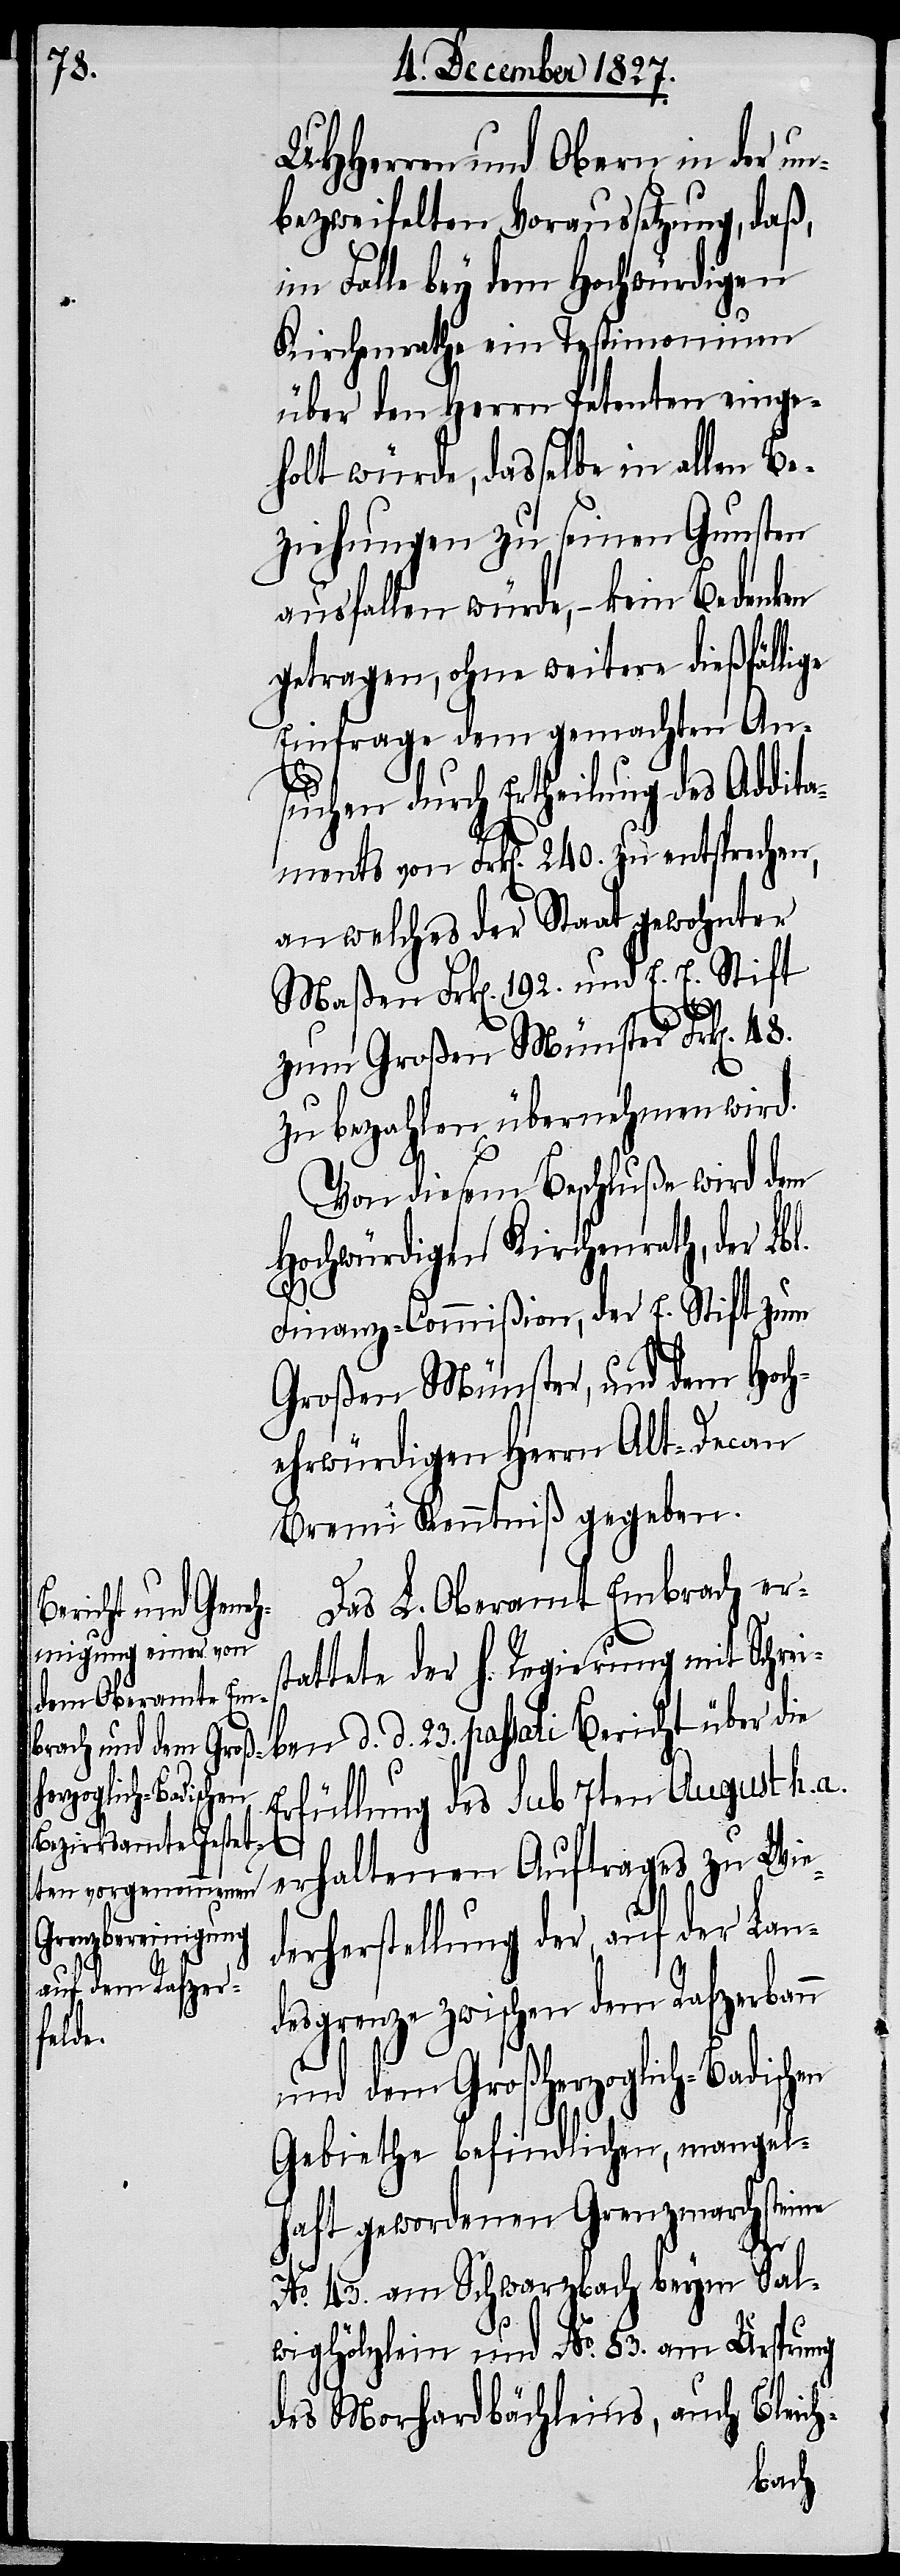
UHHerren und Obern in der un¬
bezweifelten Voraussetzung, daß,
im Falle bey dem Hochwürdigen
Kirchenrathe ein Testimonium
über den Herrn Petenten einge¬
holt würde, dasselbe in allen Be¬
ziehungen zu seinen Gunsten
ausfallen würde, – kein Bedenken
getragen, ohne weitere dießfällige
Einfrage dem gemachten An¬
suchen durch Ertheilung des Addita¬
ments von Frk[en]. 240. zu entsprechen,
an welches der Staat gewohnter
Maßen Frk[en]. 192. und E. E. Stift
zum Großen Münster Frk[en].
zu bezahlen übernehmen wird.
Von diesem Beschluße wird dem
Hochwürdigen Kirchenrath, der Lb¬
Finanz-Commißion, der E. Stift zum
Großen Münster, und dem Hoch¬
ehrwürdigen Herrn Alt-Decan
Bremi Kenntniß gegeben.
Das L. Oberamt Embrach ers¬
tattete der h. Regierung mit Schrei¬
ben d. d. 23. passati Bericht über die
Erfüllung des Sub 7ten August h. a.
erhaltenen Auftrages zu Wie¬
derherstellung der, auf der Lan¬
desgrenze zwischen dem Rafzerbann
und dem Großherzoglich-Badisc¬
Gebiethe befindlichen, mangel¬
haft gewordenen Grenzmarchsteine
hen
No. 43. am Schwarzbach beym Sal¬
wighölzlein und No. 83. am Ursprung
des Morhardbächleins, auch Bleich-